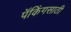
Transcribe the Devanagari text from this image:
पॅकिंगसाठी